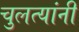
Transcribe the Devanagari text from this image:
चुलत्यांनी